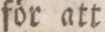
för att